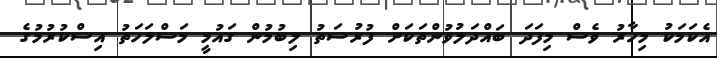
އެކަމަކު މިހާރު ވެސް މިފަދަ ބައްދަލުވުންތަކަށް ފުރުސަތު ލިބުމުން ގައުމީ މަސްލަހަތު އިސްކުރުމުގެ